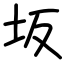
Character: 坂